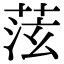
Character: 𫈞